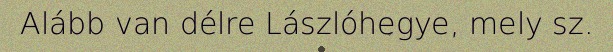
Alább van délre Lászlóhegye, mely sz.